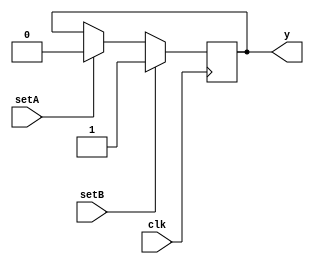

module memtest00(clk, setA, setB, y);

input clk, setA, setB;
output y;
reg mem [1:0];

always @(posedge clk) begin
	if (setA) mem[0] <= 0;  // this is line 9
	if (setB) mem[0] <= 1;  // this is line 10
end

assign y = mem[0];

endmodule

// ----------------------------------------------------------

module memtest01(clk, wr_en, wr_addr, wr_value, rd_addr, rd_value);

input clk, wr_en;
input [3:0] wr_addr, rd_addr;
input [7:0] wr_value;
output reg [7:0] rd_value;

reg [7:0] data [15:0];

always @(posedge clk)
	if (wr_en)
		data[wr_addr] <= wr_value;

always @(posedge clk)
	rd_value <= data[rd_addr];

endmodule

// ----------------------------------------------------------

module memtest02(clk, setA, setB, addr, bit, y1, y2, y3, y4);

input clk, setA, setB;
input [1:0] addr;
input [2:0] bit;
output reg y1, y2;
output y3, y4;

reg [7:0] mem1 [3:0];

(* mem2reg *)
reg [7:0] mem2 [3:0];

always @(posedge clk) begin
	if (setA) begin
		mem1[0] <= 10;
		mem1[1] <= 20;
		mem1[2] <= 30;
		mem2[0] <= 17;
		mem2[1] <= 27;
		mem2[2] <= 37;
	end
	if (setB) begin
		mem1[0] <=  1;
		mem1[1] <=  2;
		mem1[2] <=  3;
		mem2[0] <= 71;
		mem2[1] <= 72;
		mem2[2] <= 73;
	end
	y1 <= mem1[addr][bit];
	y2 <= mem2[addr][bit];
end

assign y3 = mem1[addr][bit];
assign y4 = mem2[addr][bit];

endmodule

// ----------------------------------------------------------

module memtest03(clk, wr_addr, wr_data, wr_enable, rd_addr, rd_data);

input clk, wr_enable;
input [3:0] wr_addr, wr_data, rd_addr;
output reg [3:0] rd_data;

reg [3:0] memory [0:15];

always @(posedge clk) begin
	if (wr_enable)
		memory[wr_addr] <= wr_data;
	rd_data <= memory[rd_addr];
end

endmodule

// ----------------------------------------------------------

module memtest04(clk, wr_addr, wr_data, wr_enable, rd_addr, rd_data);

input clk, wr_enable;
input [3:0] wr_addr, wr_data, rd_addr;
output [3:0] rd_data;

reg rd_addr_buf;
reg [3:0] memory [0:15];

always @(posedge clk) begin
	if (wr_enable)
		memory[wr_addr] <= wr_data;
	rd_addr_buf <= rd_addr;
end

assign rd_data = memory[rd_addr_buf];

endmodule

// ----------------------------------------------------------

module memtest05(clk, addr, wdata, rdata, wen);

input clk;
input [1:0] addr;
input [7:0] wdata;
output reg [7:0] rdata;
input [3:0] wen;

reg [7:0] mem [0:3];

integer i;
always @(posedge clk) begin
	for (i = 0; i < 4; i = i+1)
		if (wen[i]) mem[addr][i*2 +: 2] <= wdata[i*2 +: 2];
	rdata <= mem[addr];
end

endmodule

// ----------------------------------------------------------

module memtest06_sync(clk, rst, idx, din, dout);
    input clk;
    input rst;
    (* gentb_constant=0 *) wire rst;
    input [2:0] idx;
    input [7:0] din;
    output [7:0] dout;
    reg [7:0] test [0:7];
    integer i;
    always @(posedge clk) begin
        if (rst) begin
            for (i=0; i<8; i=i+1)
                test[i] <= 0;
        end else begin
            test[0][2] <= din[1];
            test[0][5] <= test[0][2];
            test[idx][3] <= din[idx];
            test[idx][6] <= test[idx][2];
            test[idx][idx] <= !test[idx][idx];
        end
    end
    assign dout = test[idx];
endmodule

module memtest06_async(clk, rst, idx, din, dout);
    input clk;
    input rst;
    (* gentb_constant=0 *) wire rst;
    input [2:0] idx;
    input [7:0] din;
    output [7:0] dout;
    reg [7:0] test [0:7];
    integer i;
    always @(posedge clk or posedge rst) begin
        if (rst) begin
            for (i=0; i<8; i=i+1)
                test[i] <= 0;
        end else begin
            test[0][2] <= din[1];
            test[0][5] <= test[0][2];
            test[idx][3] <= din[idx];
            test[idx][6] <= test[idx][2];
            test[idx][idx] <= !test[idx][idx];
        end
    end
    assign dout = test[idx];
endmodule

// ----------------------------------------------------------

module memtest07(clk, addr, woffset, wdata, rdata);

input clk;
input [1:0] addr;
input [3:0] wdata;
input [1:0] woffset;
output reg [7:0] rdata;

reg [7:0] mem [0:3];

integer i;
always @(posedge clk) begin
	mem[addr][woffset +: 4] <= wdata;
	rdata <= mem[addr];
end

endmodule

// ----------------------------------------------------------

module memtest08(input clk, input [3:0] a, b, c, output reg [3:0] y);
	reg [3:0] mem [0:15] [0:15];
	always @(posedge clk) begin
		y <= mem[a][b];
		mem[a][b] <= c;
	end
endmodule

// ----------------------------------------------------------

module memtest09 (
    input clk,
    input [3:0] a_addr, a_din, b_addr, b_din,
    input a_wen, b_wen,
    output reg [3:0] a_dout, b_dout
);
    reg [3:0] memory [10:35];

    always @(posedge clk) begin
        if (a_wen)
            memory[10 + a_addr] <= a_din;
        a_dout <= memory[10 + a_addr];
    end

    always @(posedge clk) begin
        if (b_wen && (10 + a_addr != 20 + b_addr || !a_wen))
            memory[20 + b_addr] <= b_din;
        b_dout <= memory[20 + b_addr];
    end
endmodule

// ----------------------------------------------------------

module memtest10(input clk, input [5:0] din, output [5:0] dout);
        reg [5:0] queue [0:3];
        integer i;

        always @(posedge clk) begin
                queue[0] <= din;
                for (i = 1; i < 4; i=i+1) begin
                        queue[i] <= queue[i-1];
                end
        end

	assign dout = queue[3];
endmodule

// ----------------------------------------------------------

module memtest11(clk, wen, waddr, raddr, wdata, rdata);
	input clk, wen;
	input [1:0] waddr, raddr;
	input [7:0] wdata;
	output [7:0] rdata;

	reg [7:0] mem [3:0];

	assign rdata = mem[raddr];

	always @(posedge clk) begin
		if (wen)
			mem[waddr] <= wdata;
		else
			mem[waddr] <= mem[waddr];
	end
endmodule

// ----------------------------------------------------------

module memtest12 (
   input clk,
   input [1:0] adr,
   input [1:0] din,
   output reg [1:0] q
);
   reg [1:0] ram [3:0];
   always@(posedge clk)
     {ram[adr], q} <= {din, ram[adr]};
endmodule

// ----------------------------------------------------------

module memtest13 (
	input clk, rst,
	input [1:0] a1, a2, a3, a4, a5, a6,
	input [3:0] off1, off2,
	input [31:5] din1,
	input [3:0] din2, din3,
	output reg [3:0] dout1, dout2,
	output reg [31:5] dout3
);
	reg [31:5] mem [0:3];

	always @(posedge clk) begin
		if (rst) begin
			mem[0] <= 0;
			mem[1] <= 0;
			mem[2] <= 0;
			mem[3] <= 0;
		end else begin
			mem[a1] <= din1;
			mem[a2][14:11] <= din2;
			mem[a3][5 + off1 +: 4] <= din3;
			dout1 <= mem[a4][12:9];
			dout2 <= mem[a5][5 + off2 +: 4];
			dout3 <= mem[a6];
		end
	end
endmodule